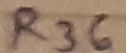
Text: R36